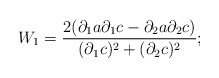
\begin{align*}W_{1}=\frac{ 2 ({\partial}_{1} a \partial_{1} c-\partial_{2} a \partial_{2} c)}{({\partial}_{1} c)^{2}+({\partial}_{2} c)^{2}};\end{align*}